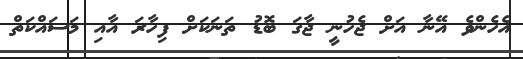
އެހެންވެ އޭނާ އަށް ޖެހުނީ ޖާގަ ބޮޑު ތަނަކަށް ފިހާރަ އާއި މަސައްކަތް